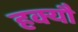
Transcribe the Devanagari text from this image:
हक्यौ